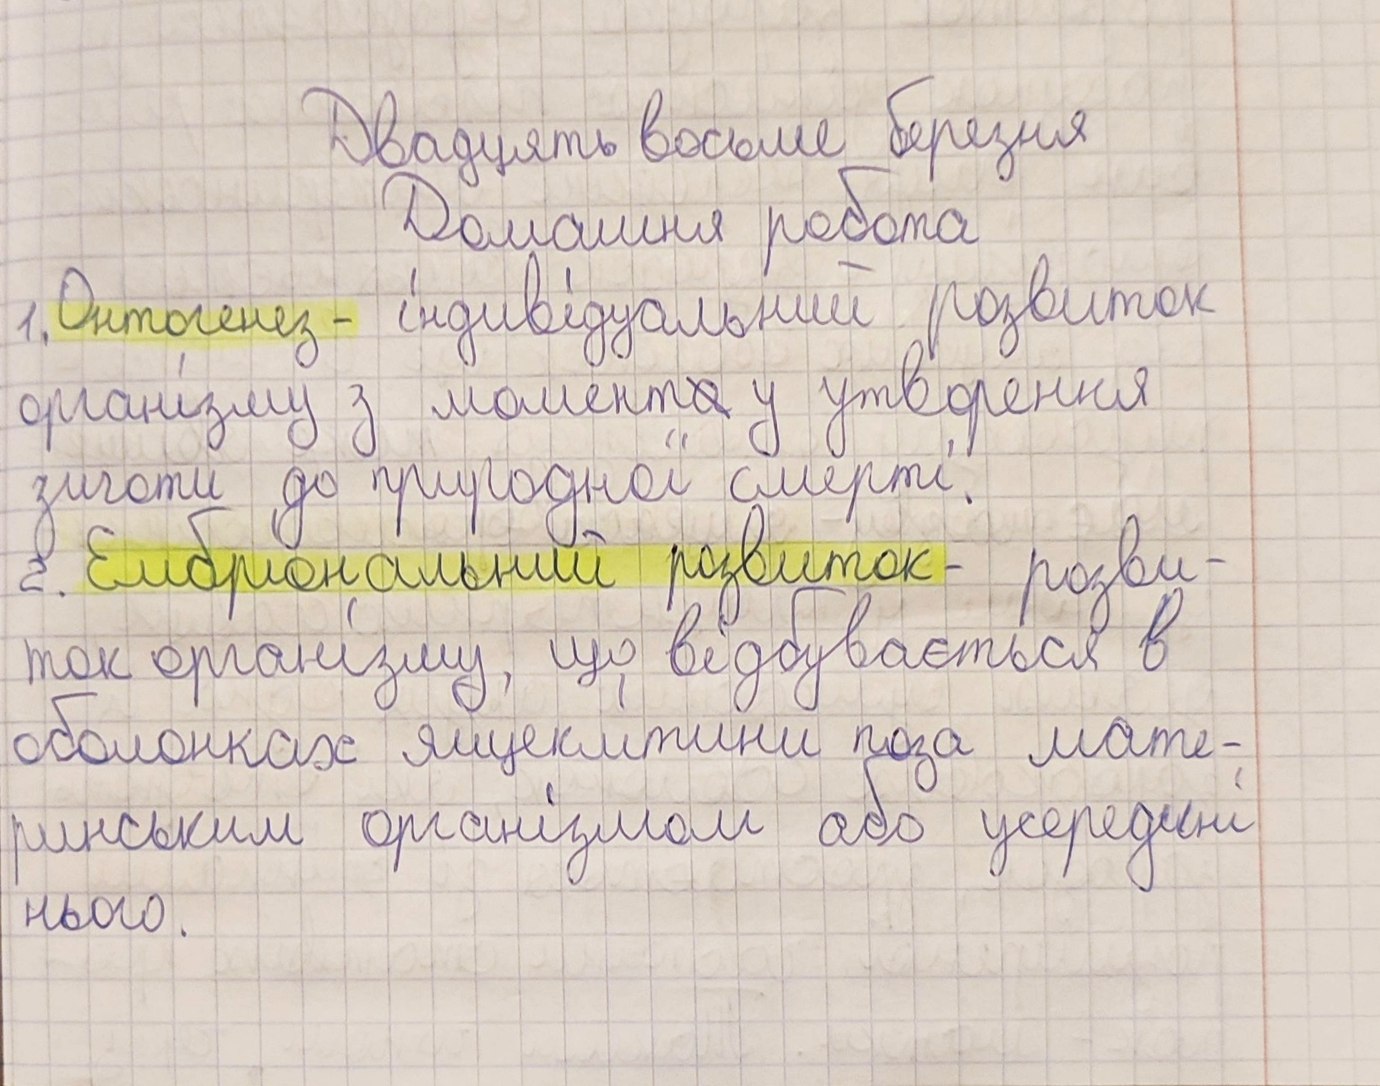
Двадцять восьме березня
Домашня робота
1. Онтогенез - індивідуальний розвиток
організму з момента утворення
зиготи до природної смерті.
2. Ембріональний розвиток - розви-
ток організму, що відбувається в
оболонках яйцеклітини поза мате-
ринським організмом або усередині
нього.